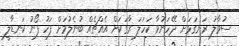
ސުވާލު ރަނގަޅަށް ދޭހަނުވާ ކަހަލަ ރާގަކަށް އެއްޗެއް ބުނެލުމަށް ފަހު ފޯނު ކަނޑާލީ